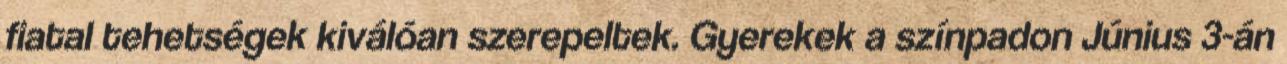
fiatal tehetségek kiválóan szerepeltek. Gyerekek a színpadon Június 3-án